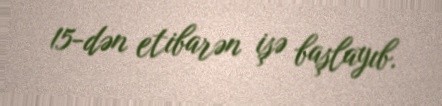
15-dən etibarən işə başlayıb.